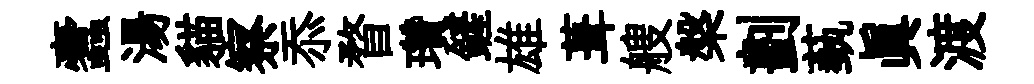
蠧湯貓察忝瞀瓚鏟雄葺艘槃劃蓺真渡